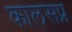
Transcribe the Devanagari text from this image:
कालसप्र